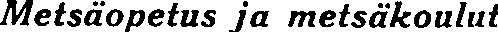
Metsäopetus ja metsäkoulut